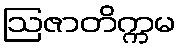
ဩဇာတိက္ကမ